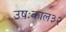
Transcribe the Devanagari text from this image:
उषःकाल३२